Annual report of the Punjab Veterinary College and of the Civil Veterinary Department, Punjab - 1894-1908
Year: 1894
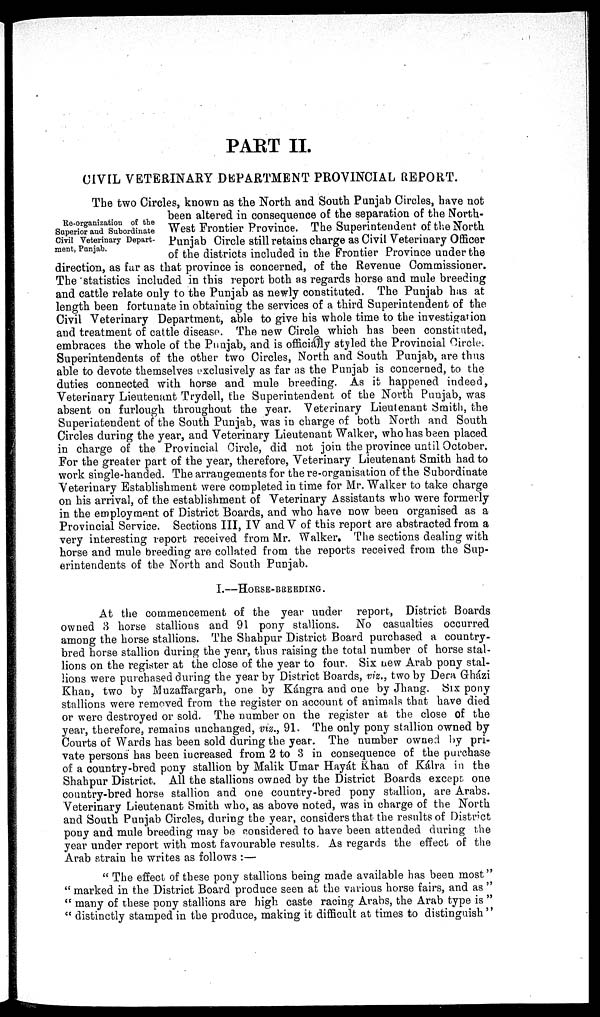
PART II.
CIVIL VETERINARY DEPARTMENT PROVINCIAL REPORT.
Re-organization of the
Superior and Subordinate
Civil Veterinary Depart-
ment, Punjab.
The two Circles, known as the North and South Punjab Circles, have not
been altered in consequence of the separation of the North-
West Frontier Province. The Superintendent of the North
Punjab Circle still retains charge as Civil Veterinary Officer
of the districts included in the Frontier Province under the
direction, as far as that province is concerned, of the Revenue Commissioner.
The statistics included in this report both as regards horse and mule breeding
and cattle relate only to the Punjab as newly constituted. The Punjab has at
length been fortunate in obtaining the services of a third Superintendent of the
Civil Veterinary Department, able to give his whole time to the investigation
and treatment of cattle disease. The new Circle which has been constituted,
embraces the whole of the Punjab, and is officially styled the Provincial Circle.
Superintendents of the other two Circles, North and South Punjab, are thus
able to devote themselves exclusively as far as the Punjab is concerned, to the
duties connected with horse and mule breeding. As it happened indeed,
Veterinary Lieutenant Trydell, the Superintendent of the North Punjab, was
absent on furlough throughout the year. Veterinary Lieutenant Smith, the
Superintendent of the South Punjab, was in charge of both North and South
Circles during the year, and Veterinary Lieutenant Walker, who has been placed
in charge of the Provincial Circle, did not join the province until October.
For the greater part of the year, therefore, Veterinary Lieutenant Smith had to
work single-handed. The arrangements for the re-organisation of the Subordinate
Veterinary Establishment were completed in time for Mr. Walker to take charge
on his arrival, of the establishment of Veterinary Assistants who were formerly
in the employment of District Boards, and who have now been organised as a
Provincial Service. Sections III, IV and V of this report are abstracted from a
very interesting report received from Mr. Walker. The sections dealing with
horse and mule breeding are collated from the reports received from the Sup-
erintendents of the North and South Punjab.
I.—HORSE-BREEDING.
At the commencement of the year under report, District Boards
owned 3 horse stallions and 91 pony stallions. No casualties occurred
among the horse stallions. The Shahpur District Board purchased a country-
bred horse stallion during the year, thus raising the total number of horse stal-
lions on the register at the close of the year to four. Six new Arab pony stal-
lions were purchased during the year by District Boards, viz., two by Dera Gházi
Khan, two by Muzaffargarh, one by Kángra and one by Jhang. Six pony
stallions were removed from the register on account of animals that have died
or were destroyed or sold. The number on the register at the close of the
year, therefore, remains unchanged, viz., 91. The only pony stallion owned by
Courts of Wards has been sold during the year. The number owned by pri-
vate persons has been increased from 2 to 3 in consequence of the purchase
of a country-bred pony stallion by Malik Umar Hayát Khan of Kálra in the
Shahpur District. All the stallions owned by the District Boards except one
country-bred horse stallion and one country-bred pony stallion, are Arabs.
Veterinary Lieutenant Smith who, as above noted, was in charge of the North
and South Punjab Circles, during the year, considers that the results of District
pony and mule breeding may be considered to have been attended during the
year under report with most favourable results. As regards the effect of the
Arab strain he writes as follows:—
"The effect of these pony stallions being made available has been most"
"marked in the District Board produce seen at the various horse fairs, and as"
"many of these pony stallions are high caste racing Arabs, the Arab type is"
"distinctly stamped in the produce, making it difficult at times to distinguish"